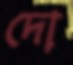
দো